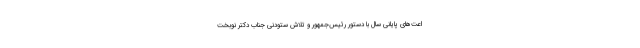
اعت‌های پایانی سال با دستور رئیس‌جمهور و تلاش ستودنی جناب دکتر نوبخت